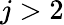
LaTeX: j>2